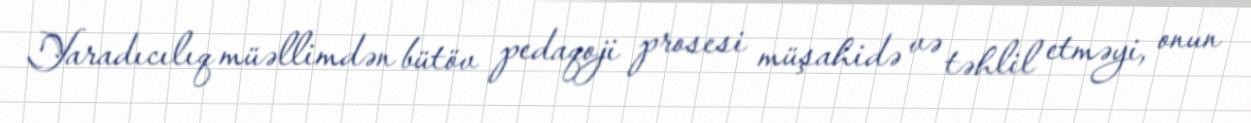
Yaradıcılıq müəllimdən bütöv pedaqoji prosesi müşahidə və təhlil etməyi, onun